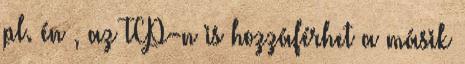
pl. én , az TCP-n is hozzáférhet a másik